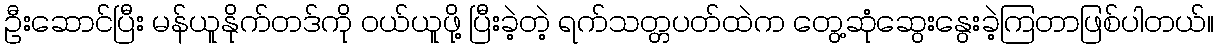
ဦးဆောင်ပြီး မန်ယူနိုက်တဒ်ကို ဝယ်ယူဖို့ ပြီးခဲ့တဲ့ ရက်သတ္တပတ်ထဲက တွေ့ဆုံဆွေးနွေးခဲ့ကြတာဖြစ်ပါတယ်။